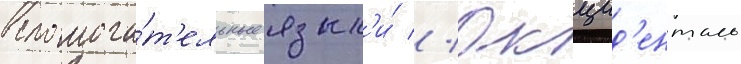
вспомога́т'ельные язык'и́ // Окцид'енталь